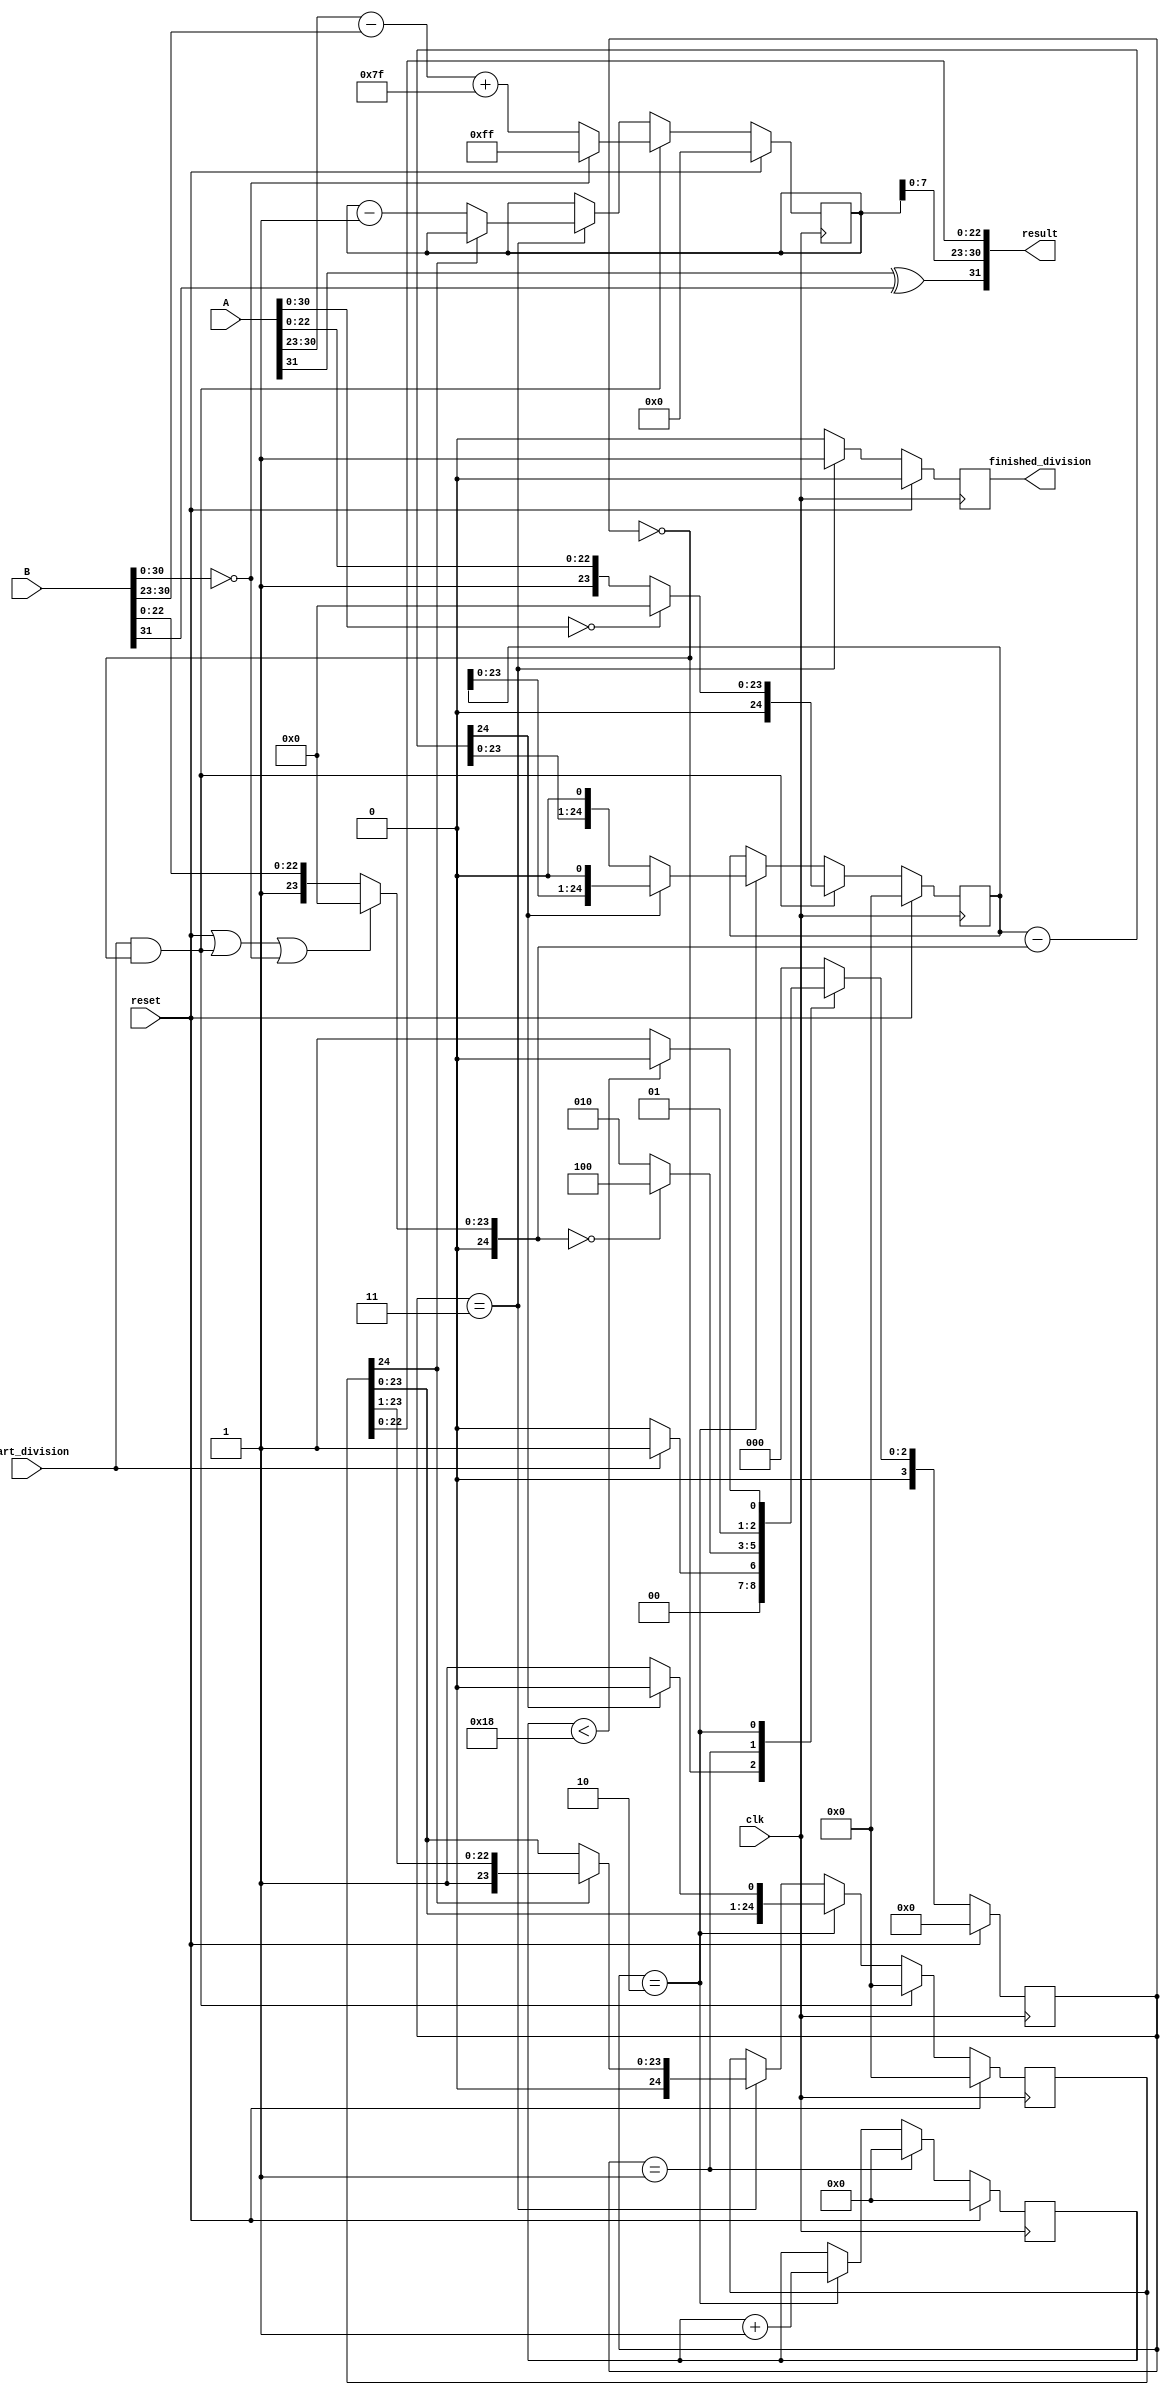
module fp_div_v3(clk,reset,A,B,start_division,result,finished_division);

parameter DATA_WIDTH = 32;

input clk, reset;
input [DATA_WIDTH-1:0] A, B; 
input start_division; // when start_division equals 1, the process will start
output [DATA_WIDTH-1:0] result;
output finished_division;

reg[24:0] mantissaA; //the numerator
wire[24:0] mantissaB; //the denominator 
 reg[24:0] mantissaResult; //acts as the quotient, and every time we shift to the left with either 1 appended or 0 appended
reg[8:0] exp;


reg[4:0] count; //a counter till division operation finishes
reg val; //when division finishes, it becomes 1 else stays 0
wire [24:0] manA_diff_manB; //mantissA - mantissaB

assign result = {A[31]^B[31],exp[7:0],mantissaResult[22:0]}; //final result
assign finished_division = val; //when division finishes it will be 1

//the subtraction of mantissas, think of it the same way u do long division in binary
//there is always a part where a part of the dividend minus the divisor
assign manA_diff_manB = mantissaA - mantissaB; 

//******************** divisor *********************
//Here there is much to do with the divisor, except of course if dividing by zero
//manissaB shall not be changed as it is the divisor
assign mantissaB = (reset) || (((state == s_idle) && start_division)) || (B[30:0] == 31'd0) ? 25'd0: {1'b0,1'b1,B[22:0]};
                        

//states
localparam s_idle = 4'b0000,
           s_convert = 4'b0001,
           s_div = 4'b0010,
           s_normalise = 4'b0011,
           s_flag = 4'b0100; //zero flag

 reg [3:0] state; //current state
 reg [3:0] n_state; //next state



//state update fsm
always @(*) begin

    case (state)
        s_idle: begin
            if (start_division) begin
                n_state = s_convert;
            end
            else begin
                n_state = s_idle;
            end
        end
        s_convert: begin
            //if dividing by zero
            if (mantissaB == 24'd0) begin
                n_state = s_flag;
            end
            else begin
                n_state = s_div;
            end
        end
        s_div: begin
            if (count < 5'd24) begin //i.e from 0 to 23 inclusive
                n_state = s_div;
            end
            else begin
                n_state = s_normalise;
            end
        end
        default: begin
            n_state = s_idle;
        end
    endcase

end

//counter for the division process and each cycle update the state with the next state assigned from the states fsm
// also it updates the finished_division signal
// when division is done val will be 1, else it will always be 0
always @(posedge clk) begin

    if (reset) begin
        count <= 5'd0;
        state <= s_idle;
        val <= 1'b0;
    end
    else begin
        state <= n_state;
        if (state == s_normalise) begin
            val <= 1'b1;
        end
        else begin
            val <= 1'b0;
        end
        if (state == s_convert) begin
            count <= 5'd0;
        end
        else begin
            if (state == s_div) begin
                count <= count + 5'd1;
            end
            else begin 
                count <= count;
            end
        end
    end  
end

// Block of mantissas (divisor,dividend,result mantissa)
// Division procedure happens here  
always @(posedge clk) begin

    if (reset) begin
        mantissaA <= 25'd0;
        mantissaResult <= 25'd0;
    end
    else begin

       //******************* dividend/or the numerator *********************
        if (start_division && (state == s_idle)) begin
            if (A[30:0] == 0) begin
                mantissaA <= 25'd0;
            end 
            else begin
                mantissaA <= {1'b0,1'b1,A[22:0]};
            end
        end
        else begin
        // if we are in division state, mantissaA will be either the difference of part of dividend - divisor if the divedend is greater than the divisor
        // or will be the same 
        // notice that in both cases we shift left by 1 (refer to the algorithm at top of code), which means appending 0 to the right each time
            if (state == s_div) begin
                if (!manA_diff_manB[24]) begin //if there is no carry(borrow in this case) then difference is positive i.e the mantissaA is greater than mantissaB for this clock cycle
                    mantissaA <= {manA_diff_manB[23:0],1'b0};
                end
                else begin
                    mantissaA <= {mantissaA[23:0],1'b0};
                end
            end
         
        end
        
     
        //***************** resulting mantissa **************
        if (start_division && (state == s_idle)) begin
             mantissaResult <= 25'd0;
        end
        else begin
        //this procedure is exactly the same as calculating the quotient by hand,
        //we will see if the dividend is greater than divisor, then we will put 1 up else put 0
        if (state == s_div) begin //divsion mode 
             if (!manA_diff_manB[24]) begin //if difference is +ve or if manA is greater than manB
                 mantissaResult <= {mantissaResult[23:0],1'b1};
             end
             else begin
                  mantissaResult <= {mantissaResult[23:0], 1'b0};
             end
             end
         else begin
                 if (state == s_normalise) begin
                    if (mantissaResult[24]) begin
                         mantissaResult <= {1'b0,mantissaResult[24:1]};
                    end
                    else begin
                         mantissaResult <= mantissaResult;
                    end
                 end
                 else begin //no change
                      mantissaResult <= mantissaResult; //latch it 
                 end
             end
         end
           
    end

end


// Block of exponent
// 
always @ (posedge clk) begin

    if (reset) begin
        exp <= 9'd0;
    end
    else begin
        if (start_division && (state == s_idle)) begin
            //when dividing by zero, it will give infinity(NaN), which is represented in ieee floating point format by the exponent = 8'd255
            if (B[30:0] == 31'd0) begin
                exp <= 9'b011111111;
            end
            else begin
                exp <= {1'b0,A[30:23]} - {1'b0,B[30:23]} + 9'd127;
            end
        end
        else begin
            if (state == s_normalise) begin
                if (!mantissaResult[24]) begin 
                    exp <= exp  - 9'd1;
                end
                else begin
                    exp <= exp;
                end
            end
        end
    end

end


endmodule